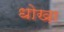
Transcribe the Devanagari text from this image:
धोख़ा